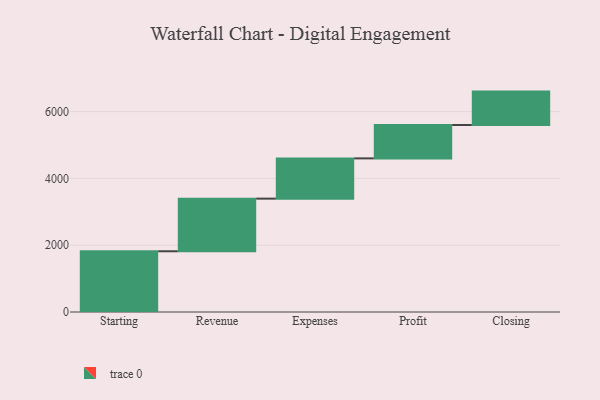
{"axis": {"x": "Step", "y": "Value"}, "legend": [""], "data": [{"x": "Starting", "y": 1819.0, "type": ""}, {"x": "Revenue", "y": 1576.0, "type": ""}, {"x": "Expenses", "y": 1206.0, "type": ""}, {"x": "Profit", "y": 1000, "type": ""}, {"x": "Closing", "y": 1000, "type": ""}]}